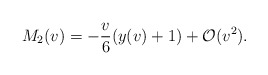
\begin{align*} M_{2}(v)=-\frac{v}{6}(y(v)+1)+\mathcal{O}(v^2).\end{align*}